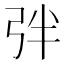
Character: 𢏑